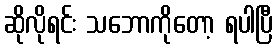
ဆိုလိုရင်း သဘောကိုတော့ ရပါပြီ